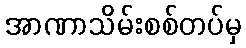
အာဏာသိမ်းစစ်တပ်မှ